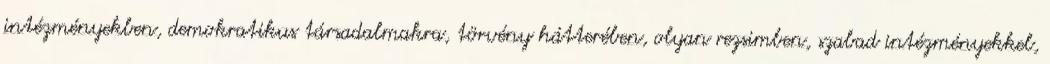
intézményekben, demokratikus társadalmakra, törvény hátterében, olyan rezsimben, szabad intézményekkel,